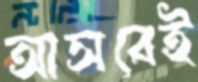
আসবেই